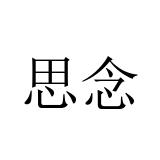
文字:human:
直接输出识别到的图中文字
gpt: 思念